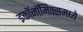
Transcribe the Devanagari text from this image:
इकाॅनाॅमिक्समध्ये